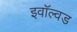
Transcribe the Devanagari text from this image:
इवॉल्वड